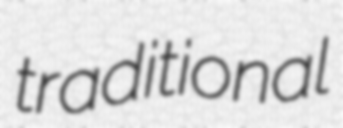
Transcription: traditional